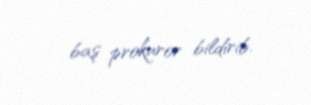
baş prokuror bildirib.